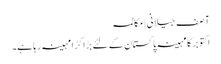
آصف جیلانی | مکالمہ
اکتوبر کا مہینہ پاکستان کے لئے بڑا کڑا مہینہ رہا ہے۔